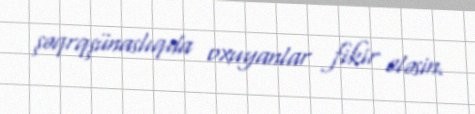
şəqrqşünaslıqda oxuyanlar fikir eləsin.